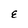
Character: E